Resolution on Dr Rogers' report on Kala azar.
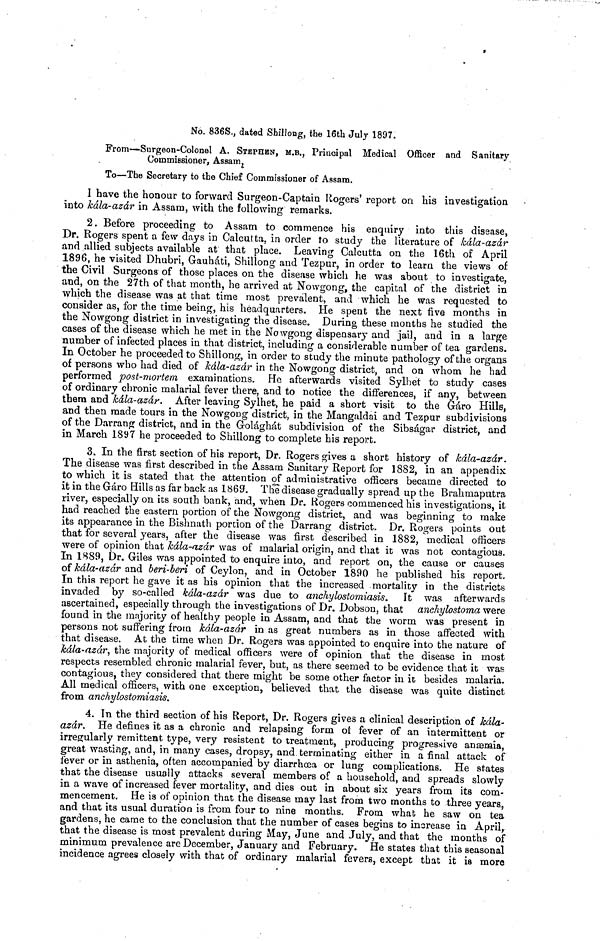
No. 836S., dated Shillong, the 16th July 1897.
Prom—Surgeon-Colonel A. STEPHEN, M.B., Principal Medical Officer and Sanitary
Commissioner, Assam,
To—The Secretary to the Chief Commissioner of Assam,
I have the honour to forward Surgeon-Captain Rogers' report on his investigation
into kála-azár in Assam, with the following remarks.
2. Before proceeding to Assam to commence his enquiry into this disease,
Dr. Rogers spent a few days in Calcutta, in order to study the literature of kála-azár
and allied subjects available at that place. Leaving Calcutta on the 16th of April
1896, he visited Dhubri, Gauháti, Shillong and Tezpur, in order to learn the views of
the Civil Surgeons of those places on the disease which he was about to investigate,
and, on the 27th of that month, he arrived at Nowgong, the capital of the district in
which the disease was at that time most prevalent, and which he was requested to
consider as, for the time being, his headquarters. He spent the next five months in
the Nowgong district in investigating the disease. During these months he studied the
cases of the disease which he met in the Nowgong dispensary and jail, and in a large
number of infected places in that district, including a considerable number of tea gardens.
In October he proceeded to Shillong, in order to study the minute pathology of the organs
of persons who had died of kála-azár in the Nowgong district, and on whom he had
performed post-mortem examinations. He afterwards visited Sylhet to study cases
of ordinary chronic malarial fever there, and to notice the differences, if any, between
them and kála-azár. After leaving Sylhet, he paid a short visit to the Gáro Hills,
and then made tours in the Nowgong district, in the Mangaldai and Tezpur subdivisions
of the Darrang district, and in the Golághat subdivision of the Sibságar district, and
in March 1897 he proceeded to Shillong to complete his report.
3. In the first section of his report, Dr. Rogers gives a short history of kála-azár.
The disease was first described in the Assam Sanitary Report for 1882, in an appendix
to which it is stated that the attention of administrative officers became directed to
it in the Gáro Hills as far back as 1869. The disease gradually spread up the Brahmaputra
river, especially on its south bank, and, when Dr. Rogers commenced his investigations, it
had reached the eastern portion of the Nowgong district, and was beginning to make
its appearance in the Bishnath portion of the Darrang district. Dr. Rogers points out
that for several years, after the disease was first described in 1882, medical officers
were of opinion that kala-azar was of malarial origin, and that it was not contagious.
In 1889, Dr. Giles was appointed to enquire into, and report on, the cause or causes
of kála-azár and beri-beri of Ceylon, and in October 1890 he published his report.
In this report he gave it as his opinion that the increased mortality in the districts
invaded by so-called kála-azár was due to anchylostomiasis. It was afterwards
ascertained, especially through the investigations of Dr. Dobson, that anchylostoma were
found in the majority of healthy people in Assam, and that the worm was present in
persons not suffering from kála-αzár in as great numbers as in those affected with
that disease. At the time when Dr. Rogers was appointed to enquire into the nature of
kála-azár, the majority of medical officers were of opinion that the disease in most
respects resembled chronic malarial fever, but, as there seemed to be evidence that it was
contagious, they considered that there might be some other factor in it besides malaria.
All medical officers, with one exception, believed that the disease was quite distinct
from anchylostomiasis.
4. In the third section of his Report, Dr. Rogers gives a clinical description of kála-
azar. He defines it as a chronic and relapsing form oí fever of an intermittent or
irregularly remittent type, very résistent to treatment, producing progressive anæmia,
great wasting, and, in many cases, dropsy, and terminating either in a final attack of
fever or in asthenia, often accompanied by diarrhoea or lung complications. He states
that the disease usually attacks several members of a household, and spreads slowly
in a wave of increased fever mortality, and dies out in about six years from its com-
mencement. He is of opinion that the disease may last from two months to three years,
and that its usual duration is from four to nine months. From what he saw on tea
gardens, he came to the conclusion that the number of cases begins to increase in April,
that the disease is most prevalent during May, June and July, and that the months of
minimum prevalence are December, January and February. He states that this seasonal
incidence agrees closely with that of ordinary malarial fevers, except that it is more